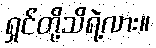
ရှင်တို့သိရဲ့လား။